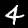
Label: 4